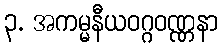
၃. အကမ္မနီယဝဂ္ဂဝဏ္ဏနာ